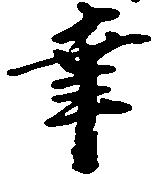
幸